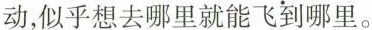
动，似乎想去哪里就能飞到哪里。